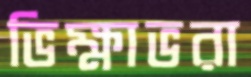
ভিক্ষাভরা